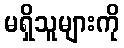
မရှိသူများကို